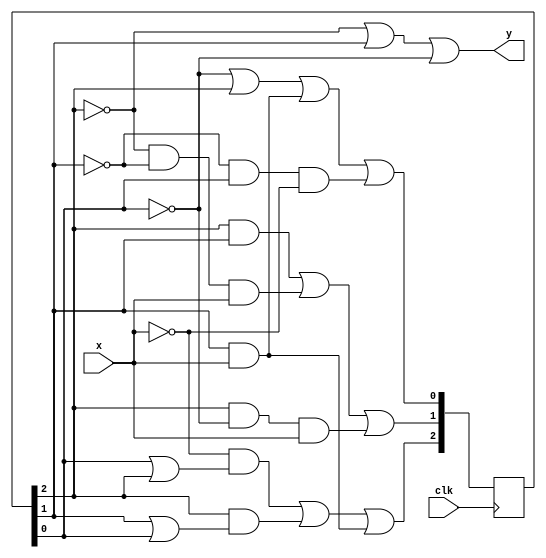
module fsm(x, clk, y);
    input x, clk;
    output wire y; // connect a wire here to get the output

    reg [2:0] state;

    initial begin
        state <= 3'b000;     // FSM consists of 6 states thus 3 bits needed to store them and 000 is start state
    end

    always @(posedge clk) begin 
        
        // Implementing the next state function
        state[2] <= (~x & (state[0] | state[2])) | (state[2] & (state[1] | state[0])) | (state[1] & x);
        state[1] <= (state[2] & state[1]) | (~state[2] & ~state[1] & x) | (state[2] & ~state[0] & x);
        state[0] <= ~state[0] | state[2] | (state[1] & x) | (~state[1] & state[0] & ~x);

    end

    assign y = ~state[2] | state[1] | ~state[0]; // Assigning solution to the output wire
endmodule